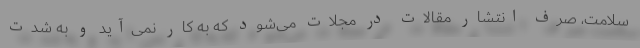
سلامت، صرف انتشار مقالات در مجلات می‌شود که به کار نمی‌آید و به شدت